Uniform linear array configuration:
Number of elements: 4
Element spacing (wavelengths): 1
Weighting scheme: uniform
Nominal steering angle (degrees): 60
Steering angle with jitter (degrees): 58.227
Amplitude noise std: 0.05
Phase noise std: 0.05

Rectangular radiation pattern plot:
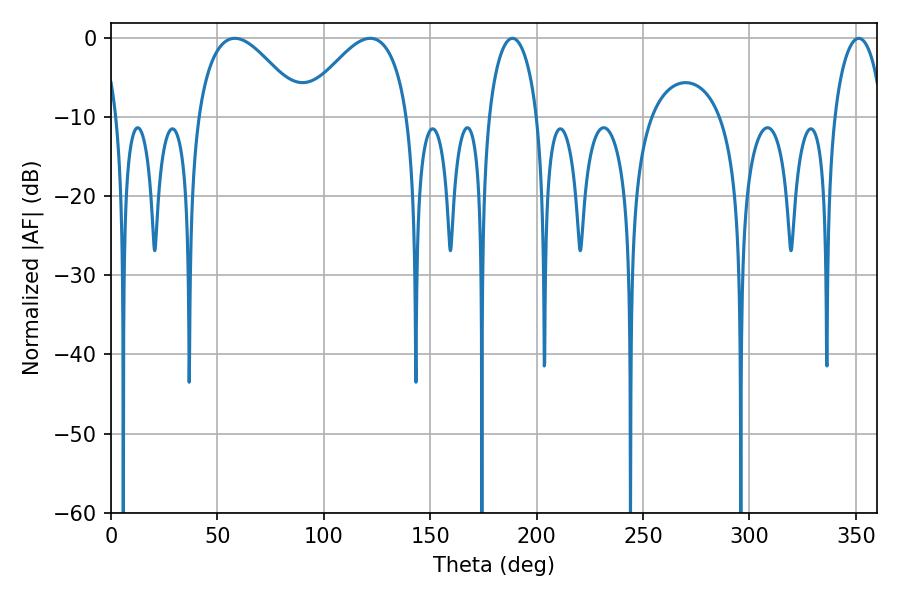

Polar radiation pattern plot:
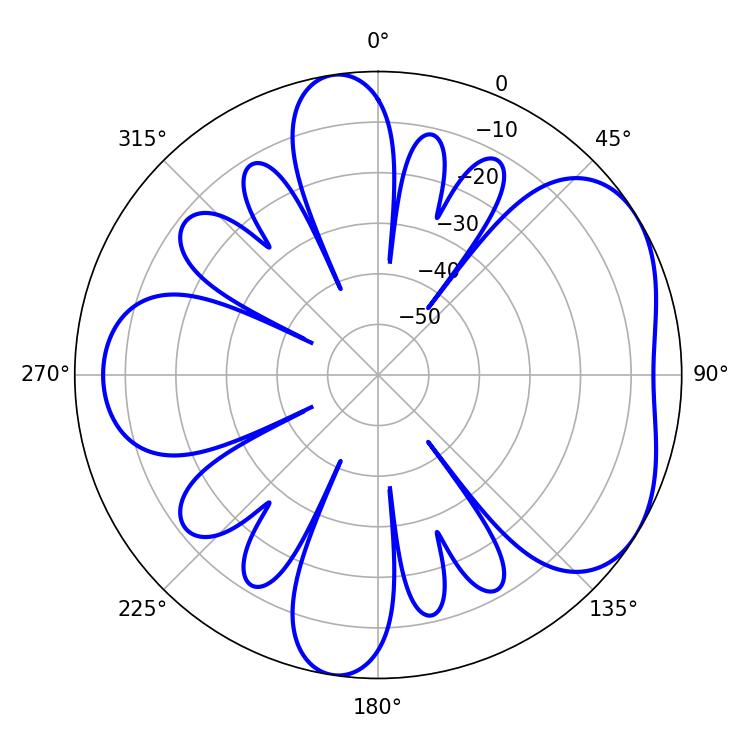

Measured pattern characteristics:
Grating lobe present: TRUE
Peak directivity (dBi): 4.769
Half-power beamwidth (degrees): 13.14
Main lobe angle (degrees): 188.64